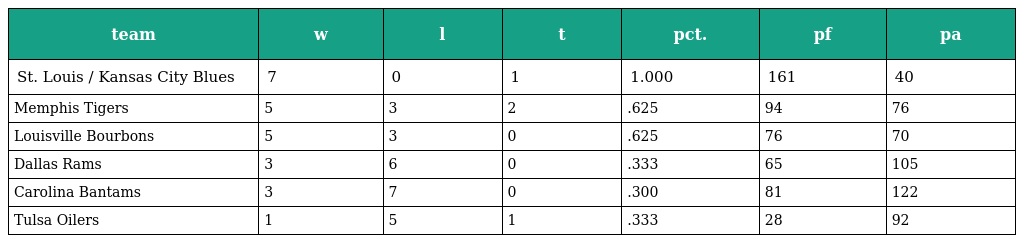
| team | w | l | t | pct. | pf | pa |
 | --- | --- | --- | --- | --- | --- | --- |
 | St. Louis / Kansas City Blues | 7 | 0 | 1 | 1.000 | 161 | 40 |
 | Memphis Tigers | 5 | 3 | 2 | .625 | 94 | 76 |
 | Louisville Bourbons | 5 | 3 | 0 | .625 | 76 | 70 |
 | Dallas Rams | 3 | 6 | 0 | .333 | 65 | 105 |
 | Carolina Bantams | 3 | 7 | 0 | .300 | 81 | 122 |
 | Tulsa Oilers | 1 | 5 | 1 | .333 | 28 | 92 |